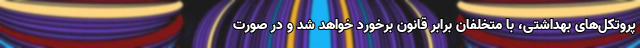
پروتکل‌های بهداشتی، با متخلفان برابر قانون برخورد خواهد شد و در صورت